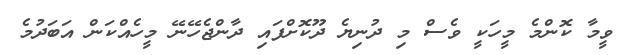
ވީމާ ކޮންމެ މީހަކީ ވެސް މި ދުނިޔެ ދޫކޮށްފައި ދާންޖެހޭނޭ މީހެއްކަން އަބަދުމެ